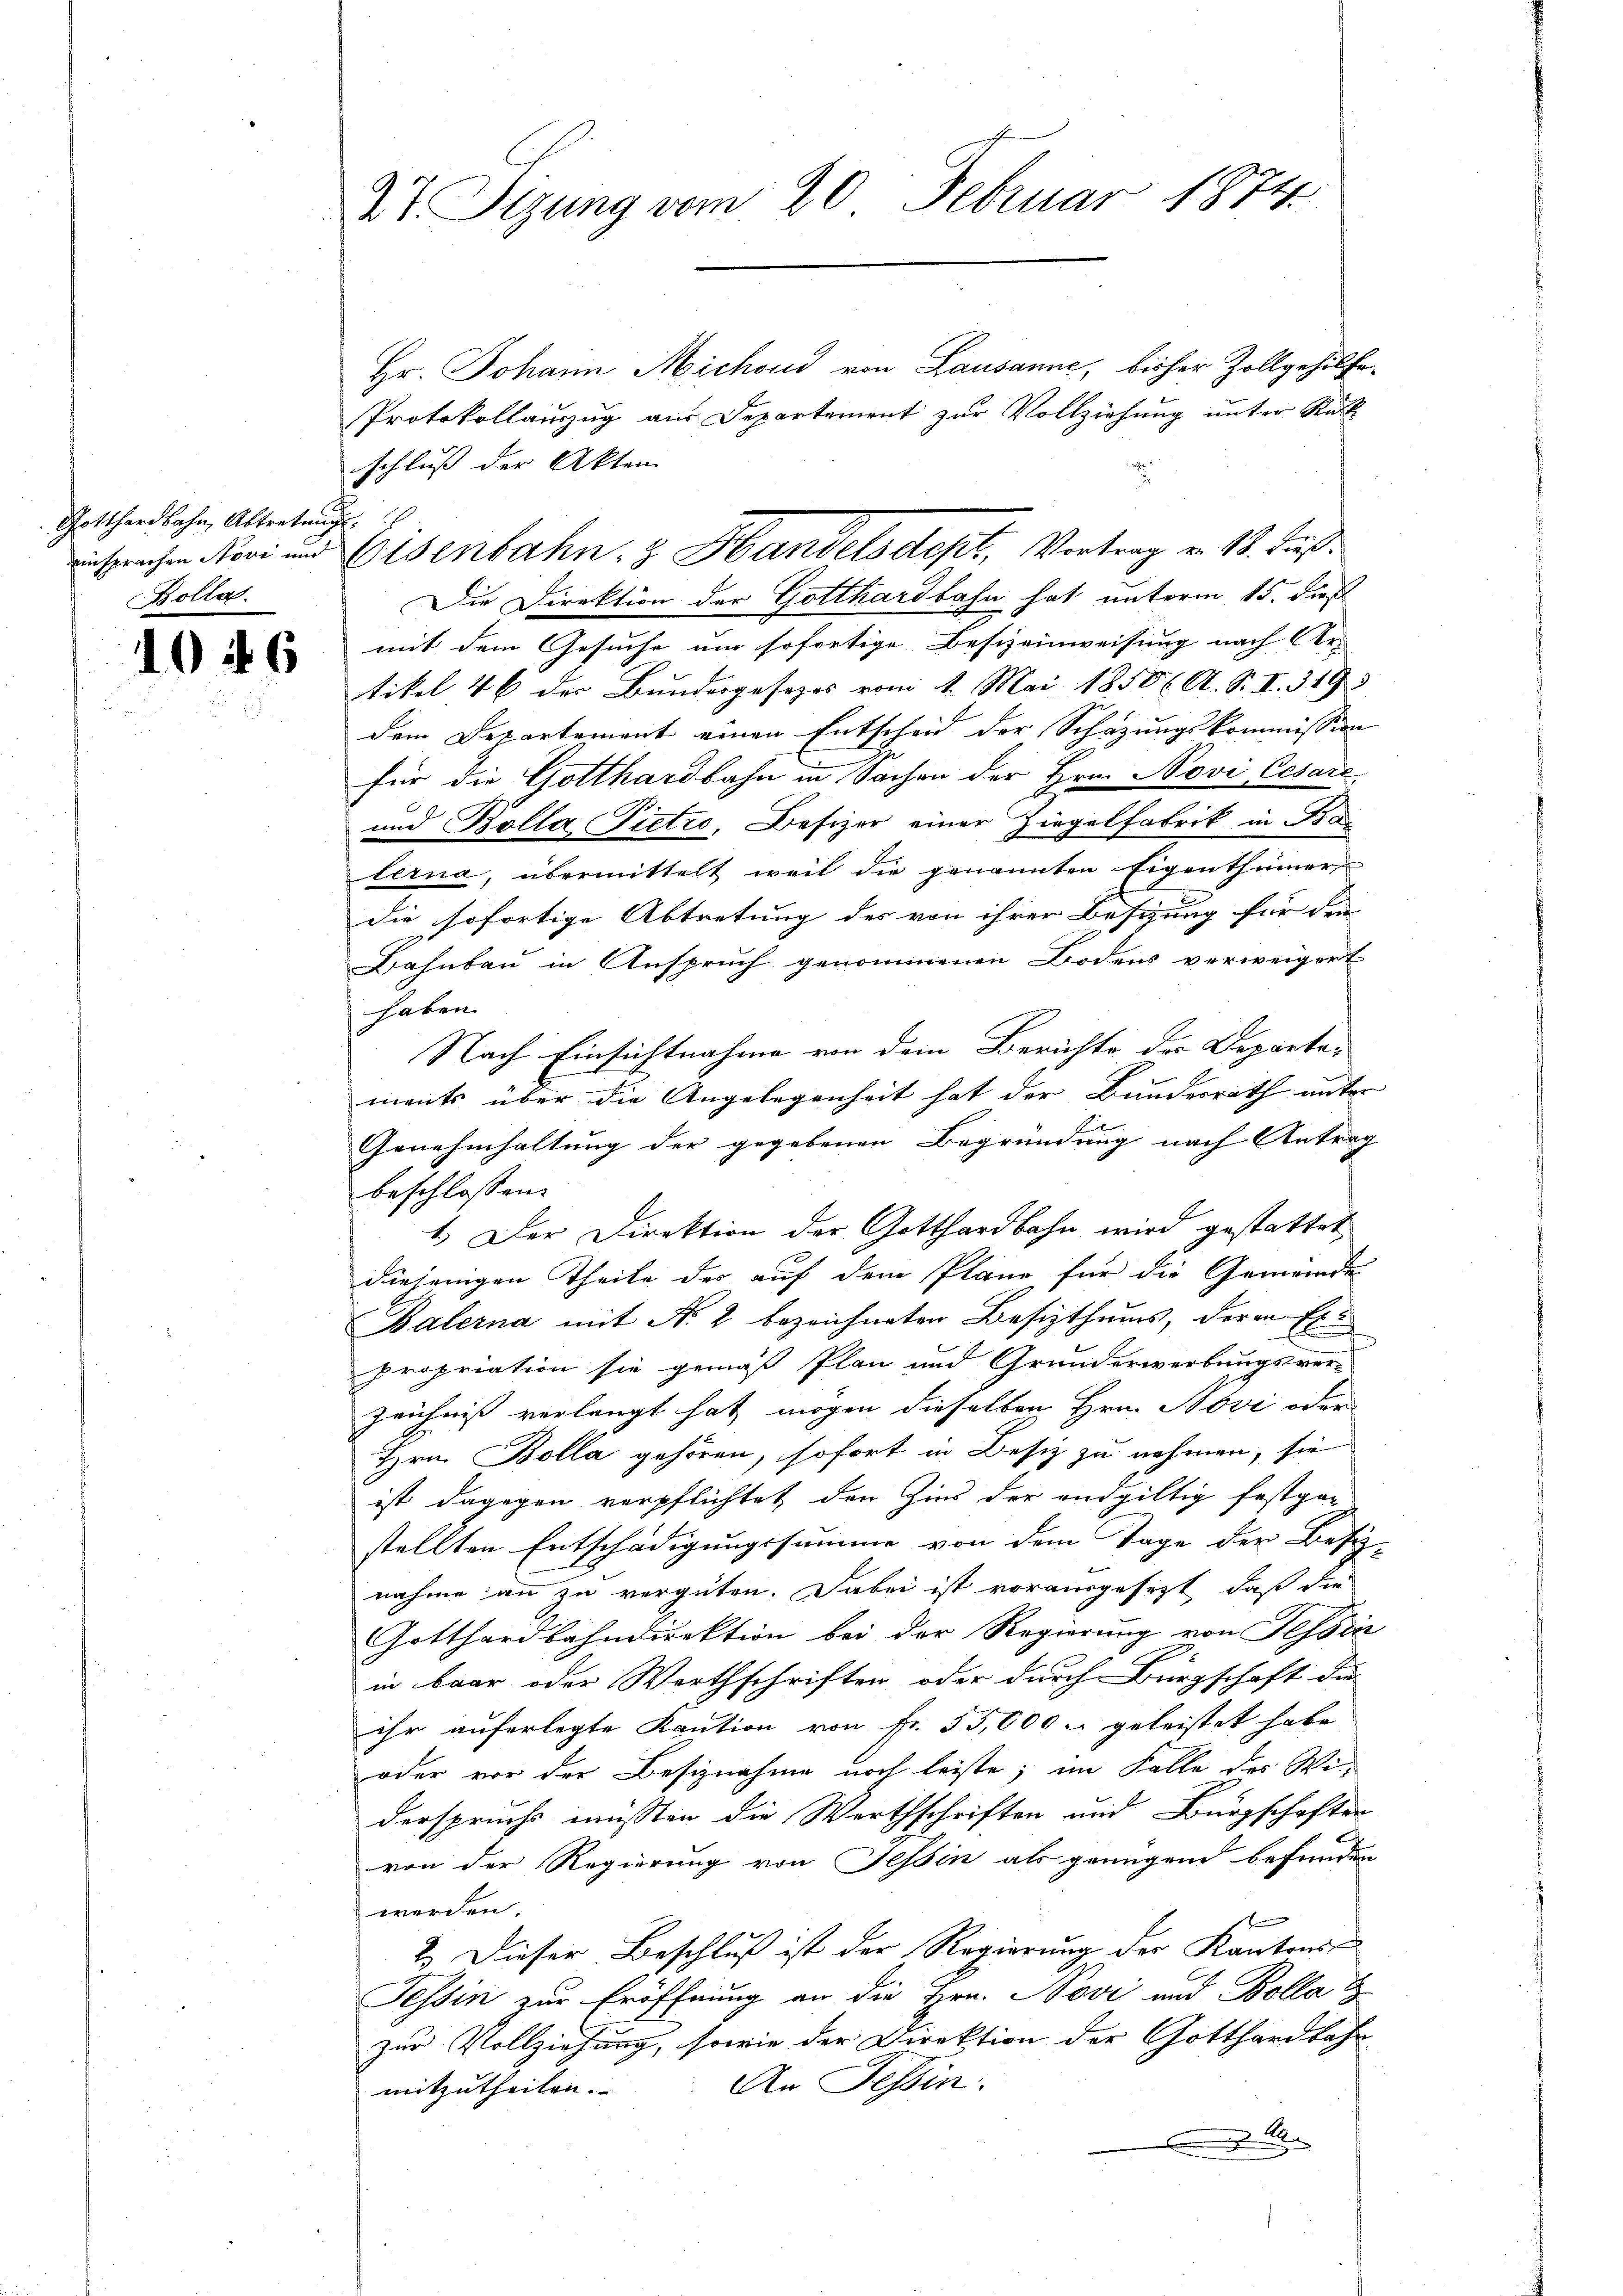
Gotthardbahn, Abtreten
einsprachen Nove und
Bolla

1046

x
2t Sizung vom 20. Februar 1815.

Hr. Johann Michoud von Lausanne, bisher Zollgehilfe¬
Protokollauszug aus Departement zur Vollziehung unter Rückschluß der Akten
Die Direktion der Gotthardbahn hat unterm 15. dieß
mit dem Gesuche um sofortige Besizeinweisung nach Ver-
tikel 46 der Bundergesezes vom 1. Mai 1850 l. A. S. I. 3. 193
dem Departement einen Entscheid der Schazungskommission
für die Gotthardbahn in Sachen der Hrn. Novi Cesare
und Bolla Pietić, Besizer einer Ziegelfabrik in Fra
lerna, übermittelt weit die genannten Eigenthümer
die sofortige Abtretung des von ihrer Besizung für den
Bahnbau in Anspruch genommenen Bodens verweigert
haben.
Nach Einsichtnahme von dem Berichte der Departements über die Angelegenheit hat der Bundesrath unter
Genehmhaltung der gegebenen Begründung nach Antrag
beschlossen:
1.) Der Direktion der Gotthardbahn wird gestattet
diejenigen Theile des auf dem Plane für die Gemeinde
Balerna mit No. 2 bezeichneten Besizthums, deren Ex
.
E
propriation sie gemäß Plan und Grunderwerbungsver-
Zeichniß verlangt hat mögen dieselben Hrn. Bovi oder
Hrn. Bolla gehören, sofort in Besiz zu nehmen, sie
ist dagegen verpflichtet den Zins der endgültig festgestellten Entschädigungssumme von dem Tage der Besiz
nahme an zu vergüten. Dabei ist vorausgesezt, daß die
Gotthardbahndirektion bei der Regierung von Tessin
in baar oder Werthschriften oder durch Bürgschaft die
ihr auferlegte Kaution von Fr. 53,000 - geleistet habe
oder vor der Besiznahme noch leiste; im Falle des Widerspruchs müssten die Werthschriften und Bürgschaften
von der Regierung von Tessin als genügend befunden
werden.
f
2.) Dieser Beschluß ist der Regierung der Kantons-
Tessin zur Eröffnung an die Hrn. Novi und Bollat
zur Vollziehung, sowie der Direktion der Gotthardbahn
An Tessin.
mitzutheilen.

Eisenbahn & Handelsdept, Vertrag v. 18. Fuß.